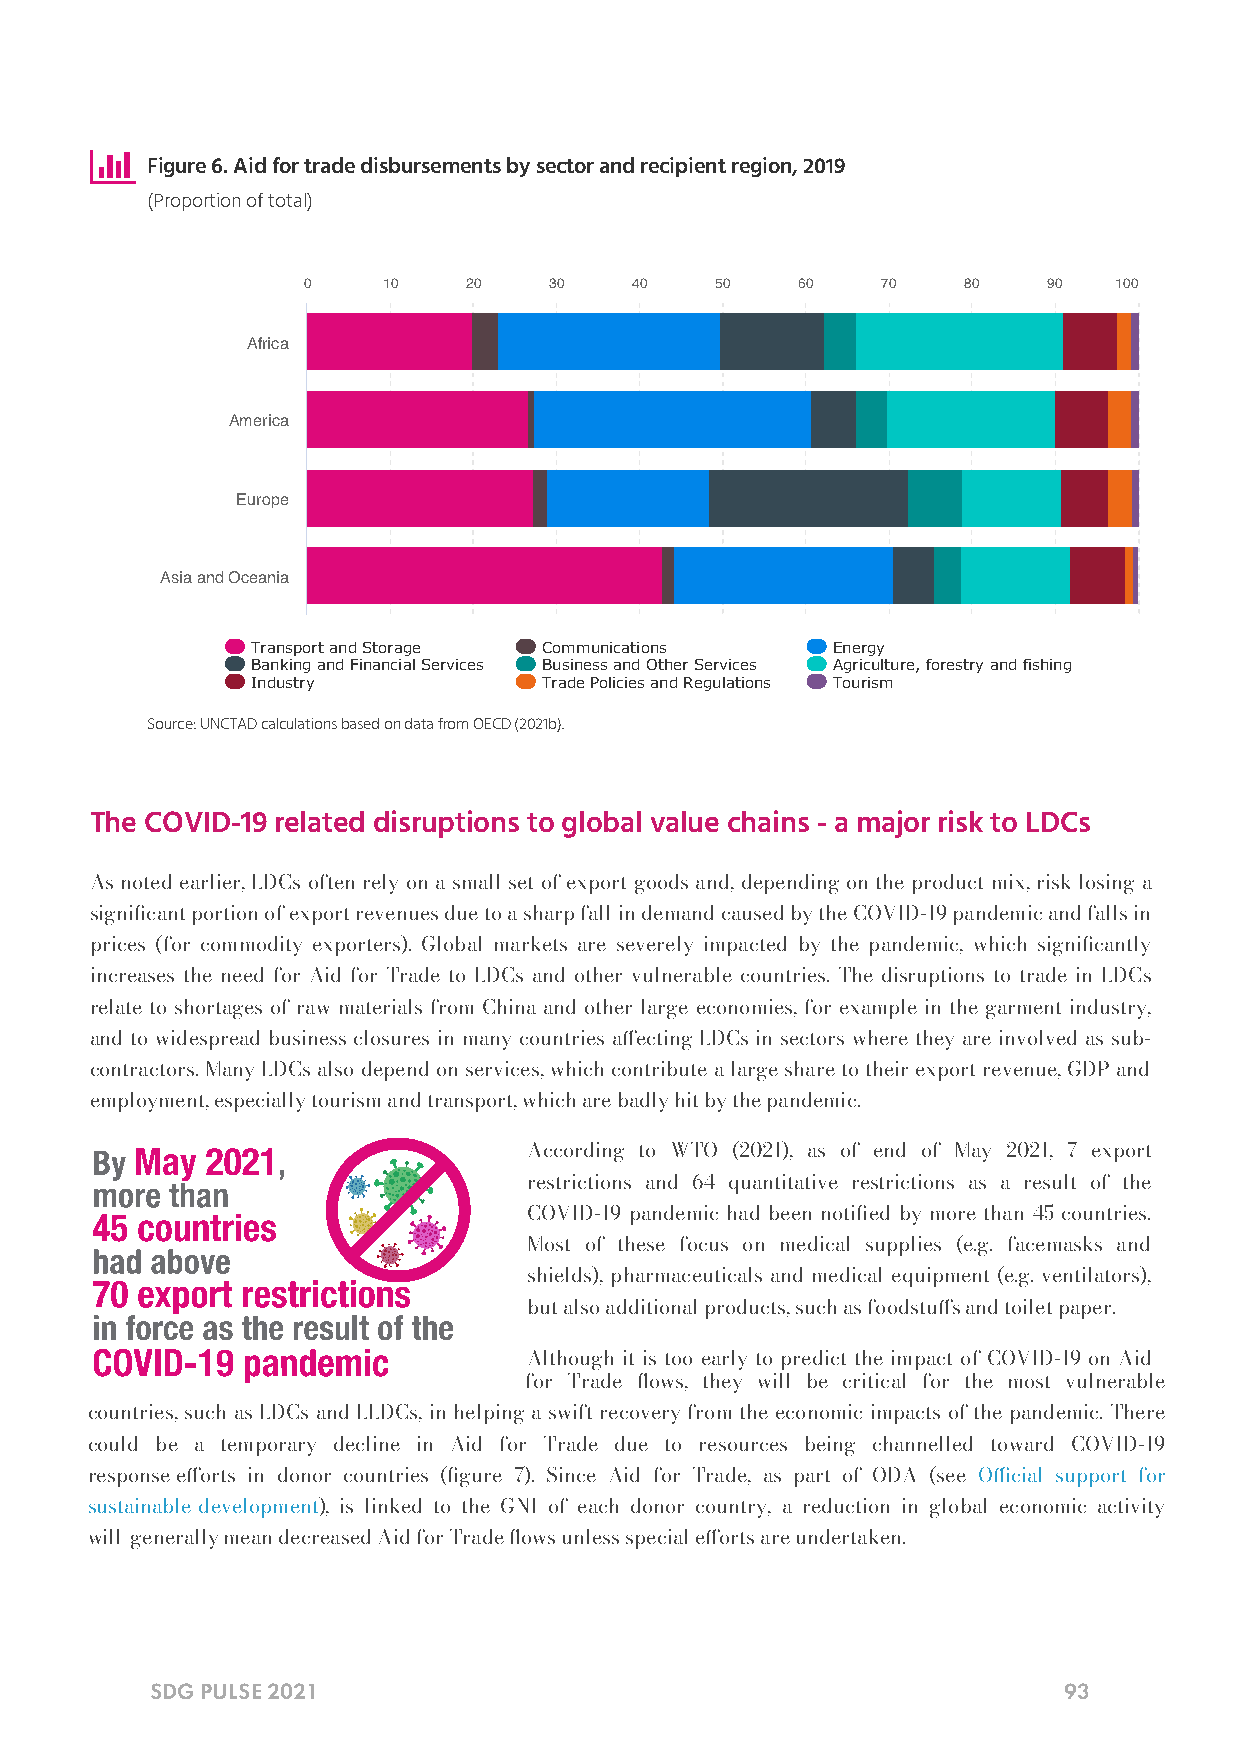

 Figure 6. Aid for trade disbursements by sector and recipient region, 2019
 (Proportion of total)
 0    10    20   30    40   50    60   70    80   90   100
 Africa
 America
 Europe
 Asia and Oceania
 Transport and Storage Communications  Energy
 Banking and Financial Services Business and Other Services Agriculture, forestry and fishing
 Industry           Trade Policies and Regulations Tourism
 Source: UNCTAD calculations based on data from OECD (2021b).
 The COVID-19 related disruptions to global value chains - a major risk to LDCs
 As noted earlier, LDCs often rely on a small set of export goods and, depending on the product mix, risk losing a
 signicant portion of export revenues due to a sharp fall in demand caused by the COVID-19 pandemic and falls in
 prices (for commodity exporters). Global markets are severely impacted by the pandemic, which signicantly
 increases the need for Aid for Trade to LDCs and other vulnerable countries. The disruptions to trade in LDCs
 relate to shortages of raw materials from China and other large economies, for example in the garment industry,
 and to widespread business closures in many countries aecting LDCs in sectors where they are involved as sub-
 contractors. Many LDCs also depend on services, which contribute a large share to their export revenue, GDP and
 employment, especially tourism and transport, which are badly hit by the pandemic.
 According to WTO (2021), as of end of May 2021, 7 export
 restrictions and 64 quantitative restrictions as a result of the
 COVID-19 pandemic had been notied by more than 45 countries.
 Most of these focus on medical supplies (e.g. facemasks and
 shields), pharmaceuticals and medical equipment (e.g. ventilators),
 but also additional products, such as foodstus and toilet paper.
 Although it is too early to predict the impact of COVID-19 on Aid
 for Trade ows, they will be critical for the most vulnerable
 countries, such as LDCs and LLDCs, in helping a swift recovery from the economic impacts of the pandemic. There
 could be a temporary decline in Aid for Trade due to resources being channelled toward COVID-19
 response eorts in donor countries (gure 7). Since Aid for Trade, as part of ODA (see Ocial support for
 sustainable development), is linked to the GNI of each donor country, a reduction in global economic activity
 will generally mean decreased Aid for Trade ows unless special eorts are undertaken.
 SDG PULSE 2021                                              93